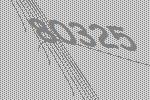
80325